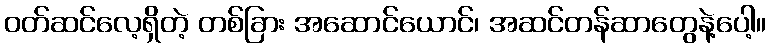
ဝတ်ဆင်လေ့ရှိတဲ့ တစ်ခြား အဆောင်ယောင်၊ အဆင်တန်ဆာတွေနဲ့ပေါ့။